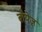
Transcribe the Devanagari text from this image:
बॉयेज़